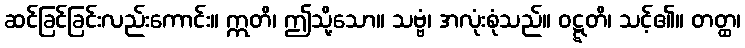
ဆင်ခြင်ခြင်းလည်းကောင်း။ ဣတိ၊ ဤသို့သော။ သဗ္ဗံ၊ အလုံးစုံသည်။ ဝဋ္ဋတိ၊ သင့်၏။ တတ္ထ၊